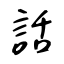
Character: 話